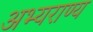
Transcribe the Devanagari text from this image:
अभ्‍यराण्‍य